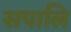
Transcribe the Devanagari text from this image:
सपालि